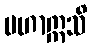
မဟာဣသိ